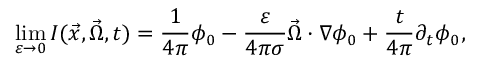
\operatorname* { l i m } _ { \varepsilon \to 0 } I ( \vec { x } , \vec { \Omega } , t ) = \frac { 1 } { 4 \pi } \phi _ { 0 } - \frac { \varepsilon } { 4 \pi \sigma } \vec { \Omega } \cdot \nabla \phi _ { 0 } + \frac { t } { 4 \pi } \partial _ { t } \phi _ { 0 } ,